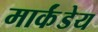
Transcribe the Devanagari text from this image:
मार्कंंडेय